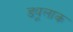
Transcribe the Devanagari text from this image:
ड्यूलाक